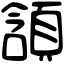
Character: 頷